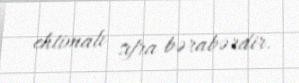
ehtimalı sıfra bərabərdir.